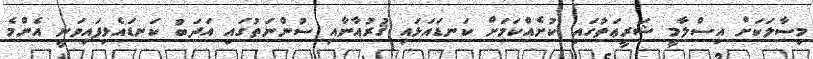
މިސާލަކަށް އިސްލާމީ ޝަރީޢަތުގައި ކުށެއްކަމަށް ކަނޑައަޅައި ޤުރުއާނާއި ސުންނަތުގައި އަދަބު ކަނޑައެޅިފައިވަނީ އެންމެ